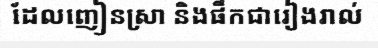
ដែលញៀនស្រា និងផឹកជារៀងរាល់